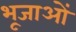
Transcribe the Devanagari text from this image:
भूजाओं